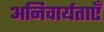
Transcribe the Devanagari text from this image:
अनिवार्यताएँ